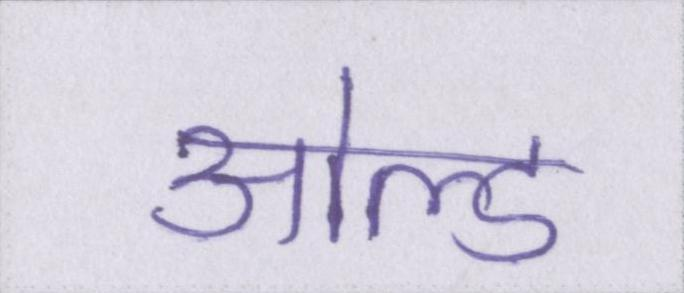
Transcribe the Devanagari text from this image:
ओल्ड